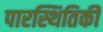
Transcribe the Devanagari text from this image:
पारस्थितिकी